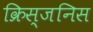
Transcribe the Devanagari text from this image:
क्रिस्जनिस